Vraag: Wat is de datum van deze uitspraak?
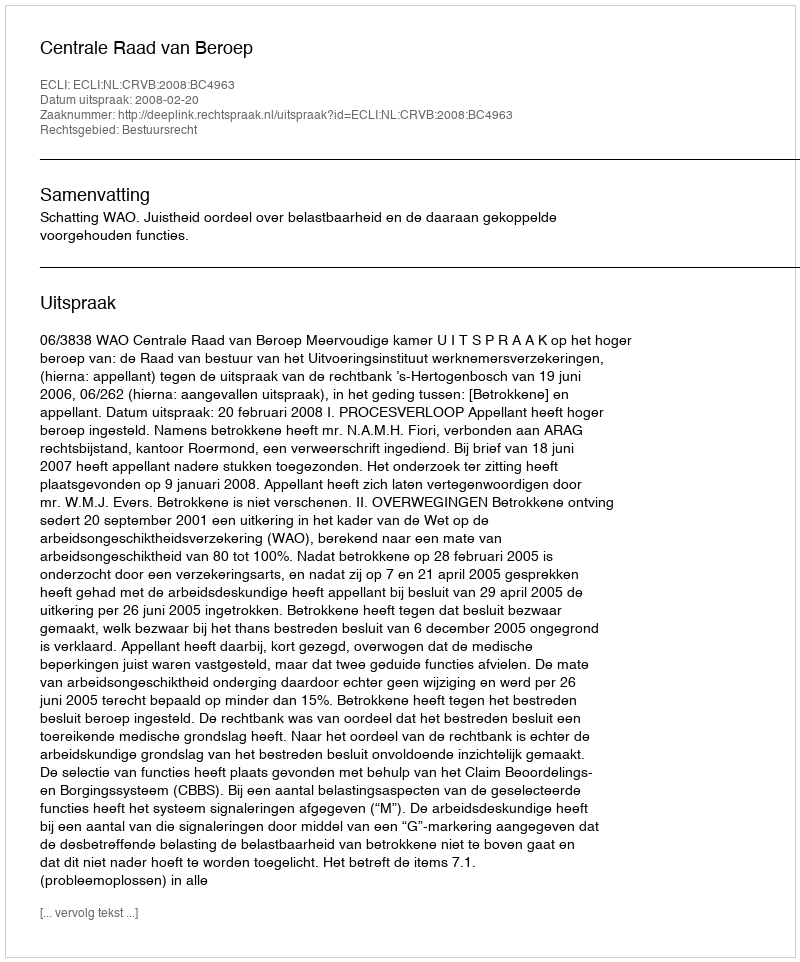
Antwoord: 2008-02-20